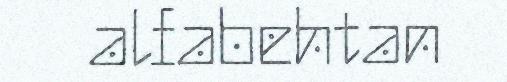
alfabehtan